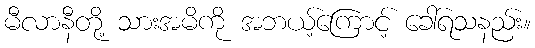
မီလာနီတို့ သားအမိကို အဘယ့်ကြောင့် ခေါ်ရသနည်း။